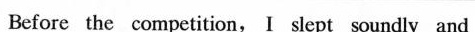
Before the competition,I slept soundly and